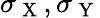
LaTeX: \sigma_{\mathrm{~X~}},\sigma_{\mathrm{~Y~}}